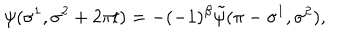
\psi ( \sigma ^ { 1 } , \sigma ^ { 2 } + 2 \pi t ) = - ( - 1 ) ^ { \beta } \tilde { \psi } ( \pi - \sigma ^ { 1 } , \sigma ^ { 2 } ) ,